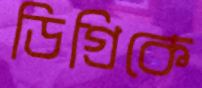
ডিগ্রিকে